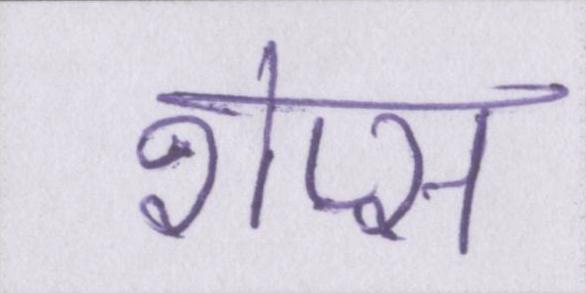
शेप्स